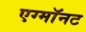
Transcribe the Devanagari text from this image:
एग्माॅनट